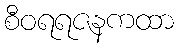
စီဝရရဇနကထာ